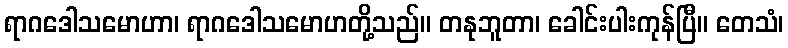
ရာဂဒေါသမောဟာ၊ ရာဂဒေါသမောဟတို့သည်။ တနုဘူတာ၊ ခေါင်းပါးကုန်ပြီ။ တေသံ၊